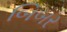
બિબર